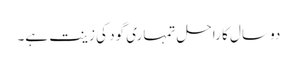
دو سال کا راحل تمہاری گود کی زینت ہے۔